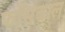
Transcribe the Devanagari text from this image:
फॉसबाल